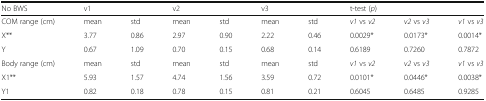
| No BWS | <COLSPAN=2> v1 | <COLSPAN=2> v2 | <COLSPAN=2> v3 | <COLSPAN=3> t-test (p) |
 | --- | --- | --- | --- | --- | --- | --- | --- | --- | --- |
 | COM range (cm) | mean | std | mean | std | mean | std | v1 vs v2 | v2 vs v3 | v1 vs v3 |
 | X** | 3.77 | 0.86 | 2.97 | 0.90 | 2.22 | 0.46 | 0.0029* | 0.0173* | 0.0014* |
 | Y | 0.67 | 1.09 | 0.70 | 0.15 | 0.68 | 0.14 | 0.6189 | 0.7260 | 0.7872 |
 | Body range (cm) | mean | std | mean | std | mean | std | v1 vs v2 | v2 vs v3 | v1 vs v3 |
 | X1** | 5.93 | 1.57 | 4.74 | 1.56 | 3.59 | 0.72 | 0.0101* | 0.0446* | 0.0038* |
 | Y1 | 0.82 | 0.18 | 0.78 | 0.15 | 0.81 | 0.21 | 0.6045 | 0.6485 | 0.9285 |